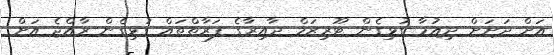
އަށް ދަށަށް ދިއުމާ ގުޅިގެން ޓޫރިޒަމް ދާއިރާގެ ފަރާތްތައް ގުޅިގެން ރާއްޖެ އަށް